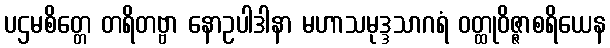
ပဌမစိတ္တေ တရိတဗ္ဗာ နောဥပါဒါနာ မဟာသမုဒ္ဒသာဂရံ ဝတ္ထုဝိဇ္ဇာစရိယေန